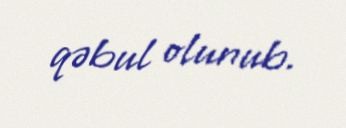
qəbul olunub.